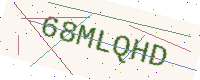
Text: 68MLQHD